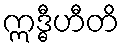
ဣဒ္ဓီဟီတိ